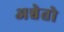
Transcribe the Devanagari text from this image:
अश्वेतो